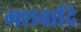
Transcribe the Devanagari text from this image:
भशवादि